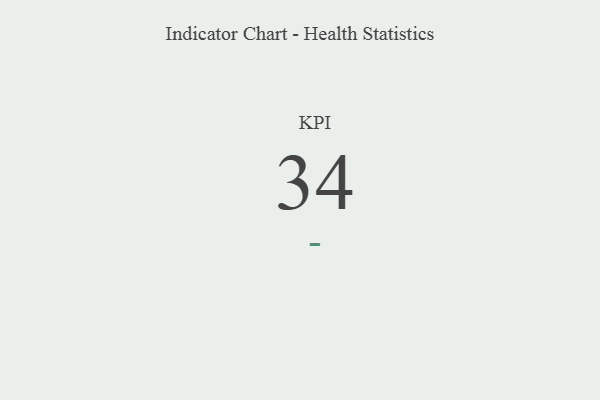
{"axis": {"x": "KPI", "y": "Value"}, "legend": [""], "data": [{"x": "KPI", "y": 34, "type": ""}]}